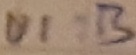
Text: UI:B